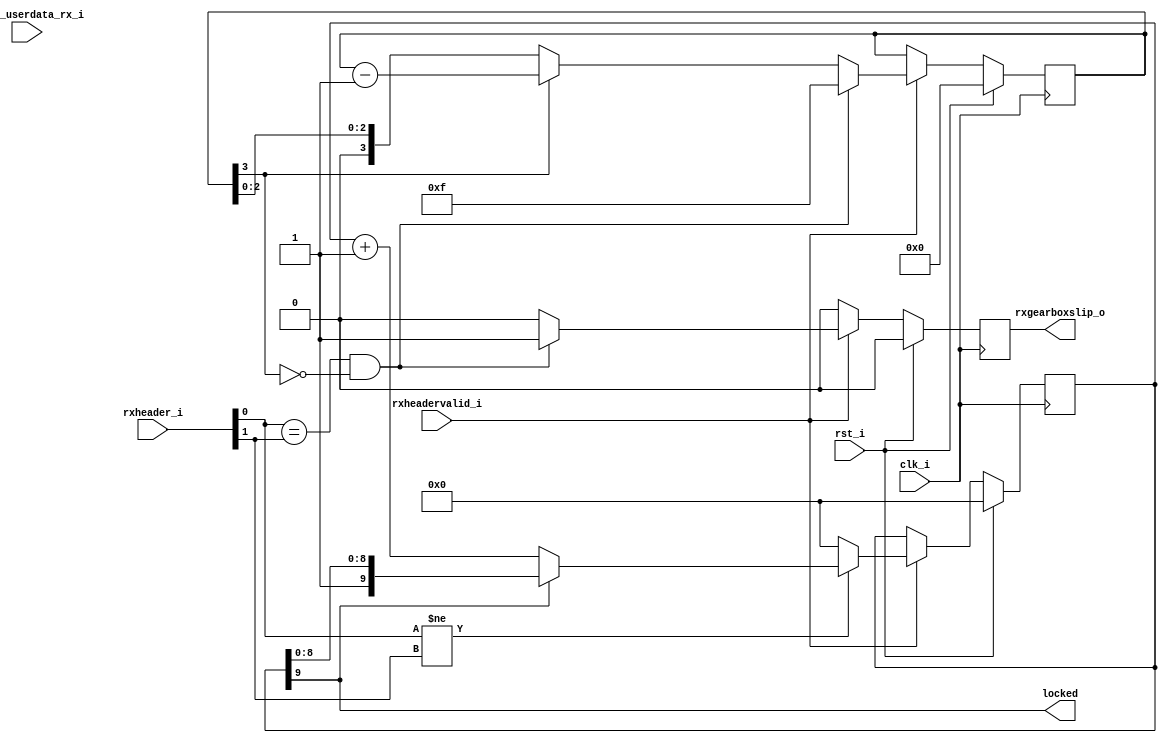
///////////////////////////////////////////////////////////////////////////////
//
// description:
///////////////////////////////////////////////////////////////////////////////

`timescale 1ns/100ps

module rx_alignment(

    input           clk_i,              // Freq = 156.25*2
    input           rst_i,

    input   [31:0]  gtwiz_userdata_rx_i,
    input   [ 1:0]  rxheader_i,
    input           rxheadervalid_i,

    output          rxgearboxslip_o,
    output          locked
);

///////////////////////////////////////////////////////////////////////////////
//                       parameter
///////////////////////////////////////////////////////////////////////////////
    localparam      P_LOCK_COUNT_WIDTH = 10;
    parameter       P_SLIP_GAP_WIDTH = 4;
    localparam      P_SLIP_GAP_MASK = (1 << P_SLIP_GAP_WIDTH) - 1;
///////////////////////////////////////////////////////////////////////////////
//                       register
///////////////////////////////////////////////////////////////////////////////
    reg     [ P_LOCK_COUNT_WIDTH-1:0]  r_aligned_count;
    reg             r_rxgearboxslip;
    reg     [P_SLIP_GAP_WIDTH-1:0]   r_sleep;


///////////////////////////////////////////////////////////////////////////////
//                         body
///////////////////////////////////////////////////////////////////////////////
    always @(posedge clk_i) begin
        if(rst_i) begin
            r_aligned_count     <= 'd0;
            r_rxgearboxslip     <= 1'b0;
            r_sleep             <= 'd0;
        end else begin
            r_rxgearboxslip     <= 1'b0;
            if(rxheadervalid_i) begin
                if (rxheader_i[0] == rxheader_i[1] && r_sleep[P_SLIP_GAP_WIDTH-1] == 1'b0) begin
                    r_rxgearboxslip     <= 1'b1;
                    r_sleep             <= P_SLIP_GAP_MASK;
                end else if(r_sleep[P_SLIP_GAP_WIDTH-1] == 1'b1) begin
                    r_sleep             <= r_sleep - 1'b1;
                end


                if (rxheader_i[0] != rxheader_i[1]) begin
                    if(r_aligned_count[P_LOCK_COUNT_WIDTH-1] == 1'b0) begin
                        r_aligned_count     <= r_aligned_count + 'd1;
                    end
                end else begin
                    r_aligned_count     <= 'd0;
                end
            end
        end
    end
    assign  locked = r_aligned_count[P_LOCK_COUNT_WIDTH-1];
    assign  rxgearboxslip_o = r_rxgearboxslip;


endmodule